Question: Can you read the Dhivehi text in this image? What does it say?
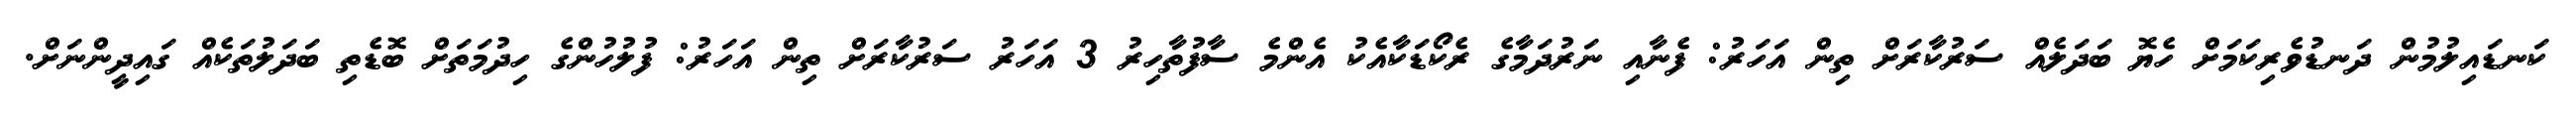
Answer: ކަނޑައިލުމުން ދަނޑުވެރިކަމަށް ހެޔޮ ބަދަލެއް ސަރުކާރަށް ތިން އަހަރު: ފެނާއި ނަރުދަމާގެ ރެކޯޑަކާއެކު އެންމެ ސާފުތާހިރު 3 އަހަރު ސަރުކާރަށް ތިން އަހަރު: ފުލުހުންގެ ހިދުމަތަށް ބޮޑެތި ބަދަލުތަކެއް ގައިދީންނަށް.